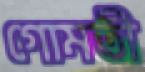
গোমতী